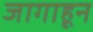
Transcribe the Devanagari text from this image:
जागाहून